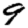
Digit: 9